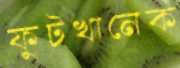
ফুটখানেক